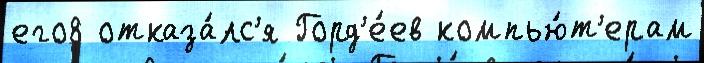
его8 отказа́лс'я Горд'е́ев компью́т'ерам